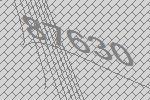
87630